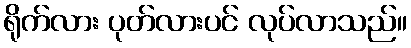
ရိုက်လား ပုတ်လားပင် လုပ်လာသည်။